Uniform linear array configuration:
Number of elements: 48
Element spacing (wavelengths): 1
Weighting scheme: cosine
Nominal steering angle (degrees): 15
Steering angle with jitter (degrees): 15.567
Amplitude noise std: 0.05
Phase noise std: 0.05

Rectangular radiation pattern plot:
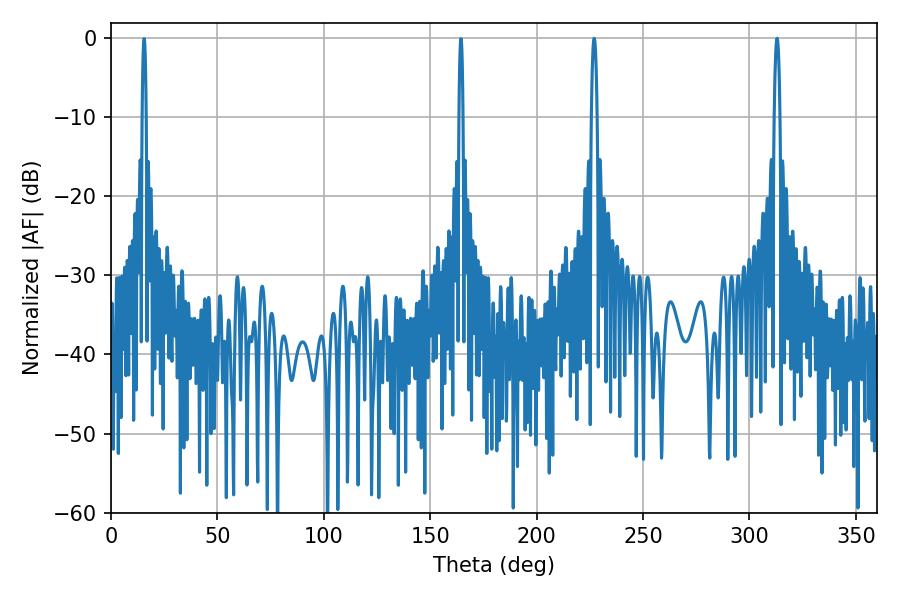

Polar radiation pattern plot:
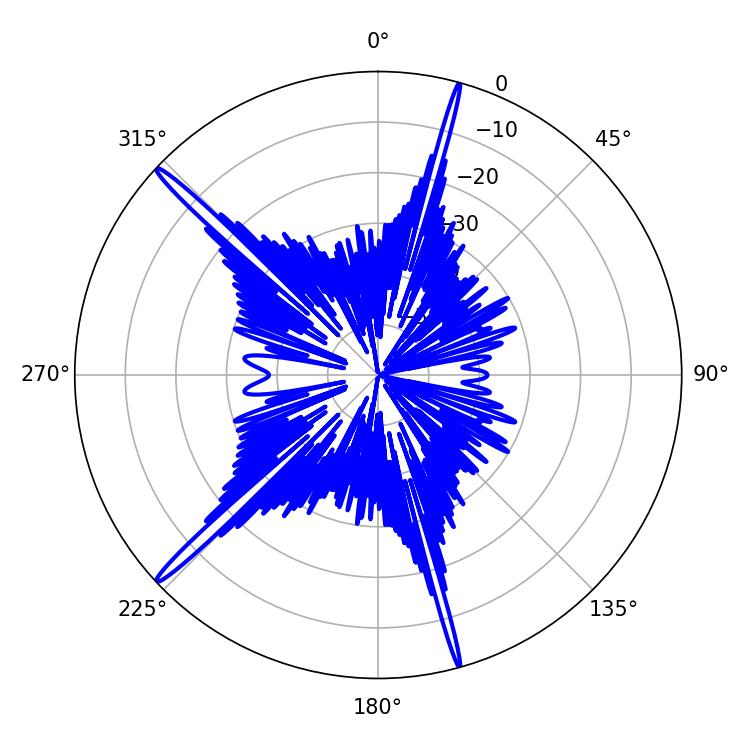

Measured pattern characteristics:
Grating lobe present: TRUE
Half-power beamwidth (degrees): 1.44
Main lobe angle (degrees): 226.98